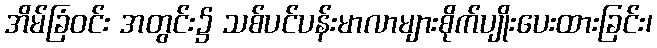
အိမ်ခြံဝင်း အတွင်း၌ သစ်ပင်ပန်းမာလာများစိုက်ပျိုးပေးထားခြင်း၊